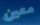
معين